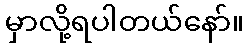
မှာလို့ရပါတယ်နော်။